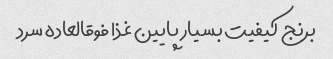
برنج کیفیت بسیار پایین غذا فوقالعاده سرد